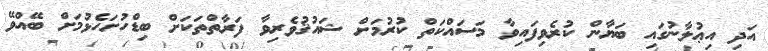
އަދި އިޢުލާނުގައި ބަޔާން ކުރެވިފައިވާ މަސައްކަތް ކުރުމަށް ޝައުޤުވެރިވާ ފަރާތްތަކަށް ބިޑްހުށަހެޅުމަށް ބޭއްވޭ